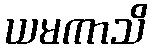
ယမကာသိ